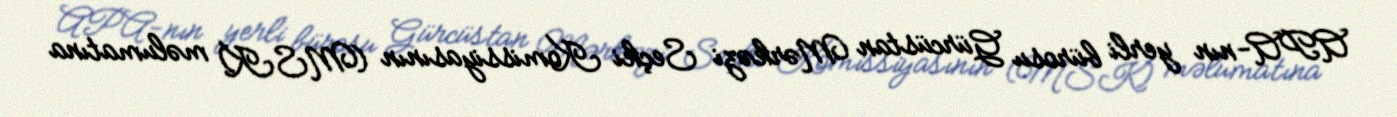
APA-nın yerli bürosu Gürcüstan Mərkəzi Seçki Komissiyasının (MSK) məlumatına